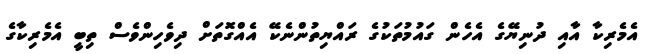
އެމެރިކާ އާއި ދުނިޔޭގެ އެހެން ގައުމުތަކުގެ ރައްޔިތުންނެކޭ އެއްގޮތަށް ދިވެހިންވެސް ތިބީ އެމެރިކާގެ